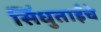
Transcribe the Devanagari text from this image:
सिंधुताईंचे